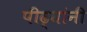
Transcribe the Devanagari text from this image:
पीढ्यांनी